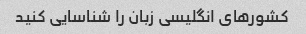
کشورهای انگلیسی زبان را شناسایی کنید